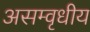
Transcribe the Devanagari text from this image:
असम्वृधीय